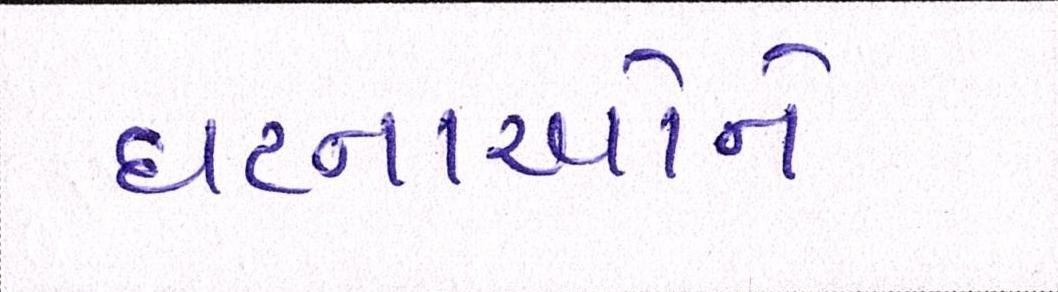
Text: ઘટનાઓને